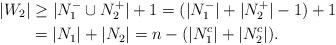
LaTeX: \begin{align*} |W_2| &\ge |N_1^- \cup N_2^+| + 1 = (|N_1^-| + |N_2^+| - 1) + 1 \\ &= |N_1| + |N_2| = n - (|N_1^c| + |N_2^c|).\end{align*}